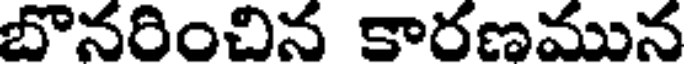
బొనరించిన కారణమున